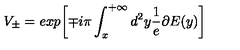
V _ { \pm } = e x p { \left[ \mp i \pi \int _ { x } ^ { + \infty } d ^ { 2 } y \frac { 1 } { e } \partial E ( y ) \right] }